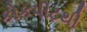
કોકપીટથી